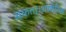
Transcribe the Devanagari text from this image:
सकता।शारीरिक